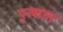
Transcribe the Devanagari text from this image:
पुस्कात